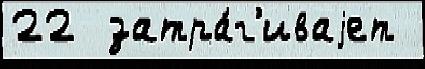
22  затра́г'иваjет